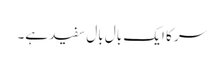
سر کا ایک بال بال سفید ہے۔